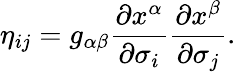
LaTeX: \eta_{ij}=g_{\alpha\beta}\frac{\partial x^{\alpha}}{\partial\sigma_{i}}\frac{\partial x^{\beta}}{\partial\sigma_{j}}.